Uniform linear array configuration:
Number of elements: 16
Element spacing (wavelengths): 0.25
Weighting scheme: hann
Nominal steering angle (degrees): -60
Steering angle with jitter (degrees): -59.936
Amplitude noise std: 0.05
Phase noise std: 0.05

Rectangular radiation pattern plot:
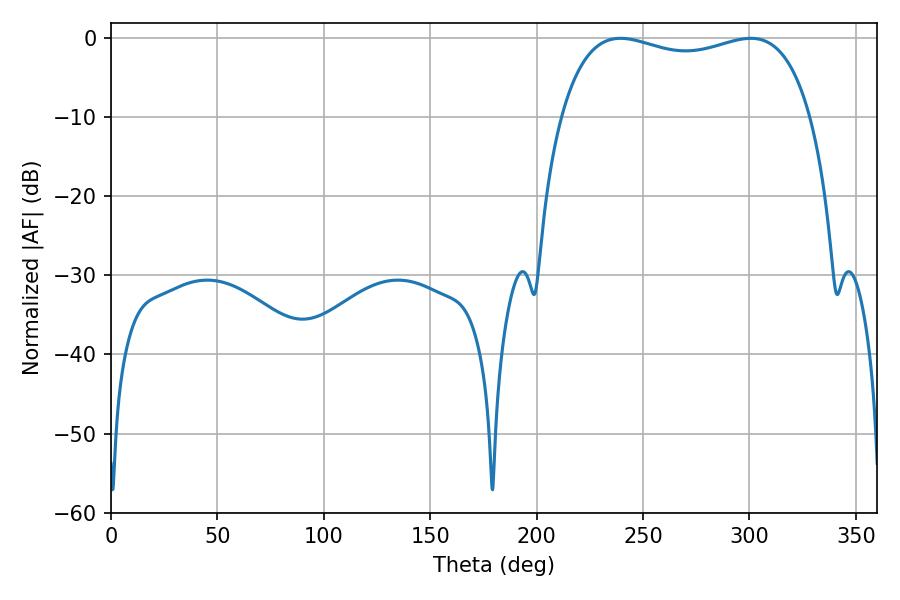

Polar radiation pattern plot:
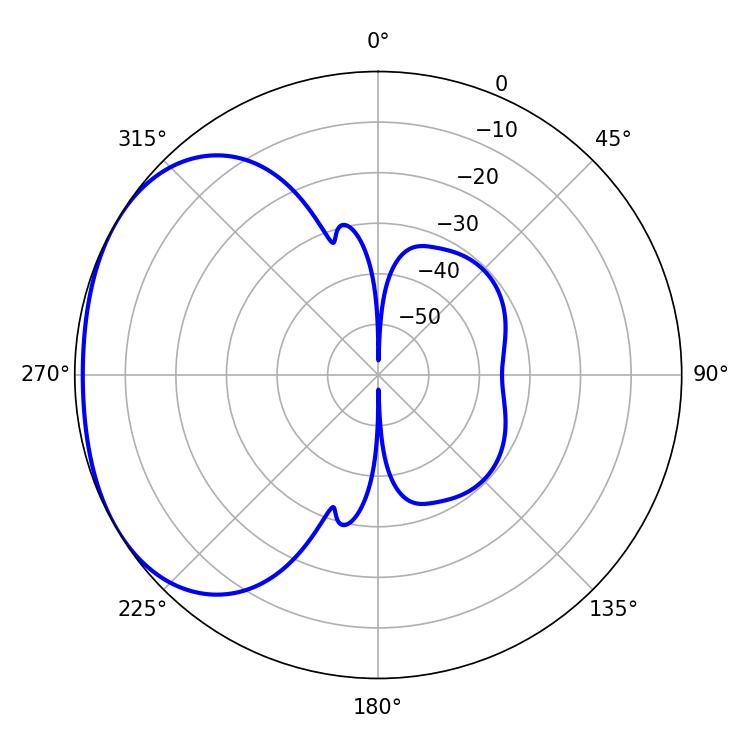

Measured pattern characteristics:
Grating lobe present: FALSE
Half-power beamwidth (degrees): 95.76
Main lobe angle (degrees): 239.4